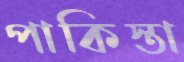
পাকিস্তা